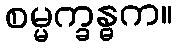
စမ္မက္ခန္ဓက။